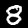
Label: 8